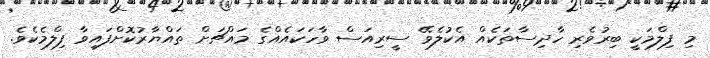
މި ފިލްމަކީ ބިރުވެރި ހާދިސާތަކެއް އެކުލެވޭ ސީރިއަސް ވާހަކައެއްގެ މައްޗަށް ތައްޔާރުކޮށްފައިވާ ފިލްމެކެވެ.